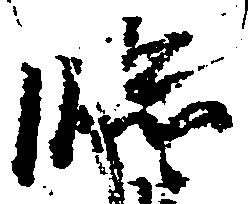
臨